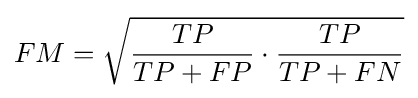
FM={\sqrt {{\frac {TP}{TP+FP}}\cdot {\frac {TP}{TP+FN}}}}